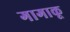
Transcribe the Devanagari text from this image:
गागाकू